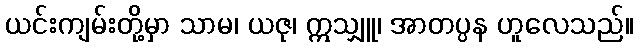
ယင်းကျမ်းတို့မှာ သာမ၊ ယဇု၊ ဣသျှူ၊ အာတပ္ပန ဟူလေသည်။